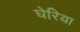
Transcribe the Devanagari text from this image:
घेरिया